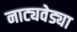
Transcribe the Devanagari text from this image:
नाट्यवेड्या